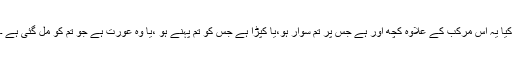
کیا یہ اس مرکب کے علاوہ کچھ اور ہے جس پر تم سوار ہو،یا کپڑا ہے جس کو تم پہنے ہو ،یا وہ عورت ہے جو تم کو مل گئی ہے ۔